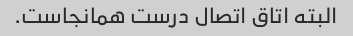
البته اتاق اتصال درست همانجاست.